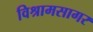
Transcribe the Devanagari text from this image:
विश्रामसागर